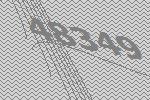
48349